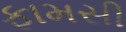
ફામસી